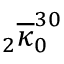
{ } _ { 2 } \overline { { \kappa } } _ { 0 } ^ { 3 0 }